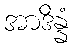
အာဒိန္နံ